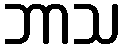
ဘာသ